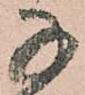
子